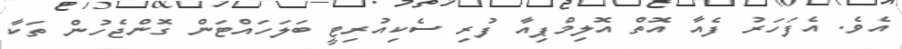
އެވެ. އެފަހަރު ފެއާ އޮތް އޮލިމްޕިއާ ފުރި ސެކިއުރިޓީ ބަލަހައްޓަން ގޮންޖެހުން ތަކާ